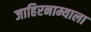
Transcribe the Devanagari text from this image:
जाहिरनाम्याला